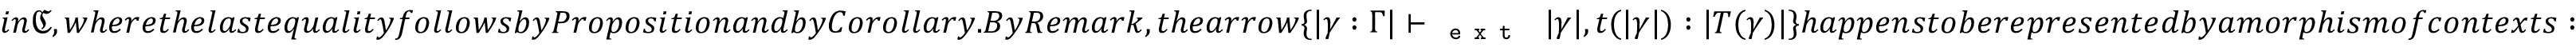
i n \boldsymbol { \mathfrak { C } } , w h e r e t h e l a s t e q u a l i t y f o l l o w s b y P r o p o s i t i o n a n d b y C o r o l l a r y . B y R e m a r k , t h e a r r o w \{ | \gamma : \Gamma | \; { \vdash } _ { \textnormal { \texttt { e x t } } } \; | \gamma | , t ( | \gamma | ) : | T ( \gamma ) | \} h a p p e n s t o b e r e p r e s e n t e d b y a m o r p h i s m o f c o n t e x t s :